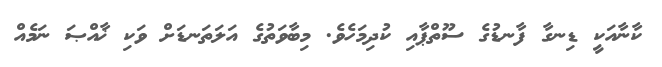
ކާނާއަކީ ޑިނގާ ފާނޑުގެ ސޫތްޕާއި ކުދިމަހެވެ. މިބާވަތުގެ އަލަތަނޑަށް ވަކި ޚާއްޞަ ނަމެއް